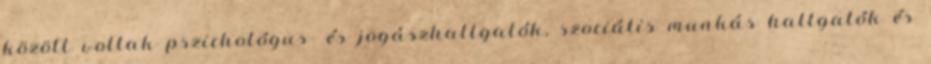
között voltak pszichológus- és jogászhallgatók, szociális munkás hallgatók és